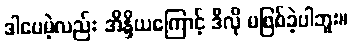
ဒါပေမဲ့လည်း အိန္ဒိယကြောင့် ဒီလို မဖြစ်ခဲ့ပါဘူး။